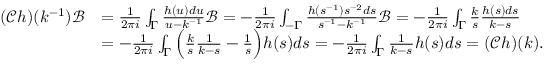
\begin{array} { r l } { ( \mathcal { C } h ) ( k ^ { - 1 } ) \mathcal { B } } & { = \frac { 1 } { 2 \pi i } \int _ { \Gamma } \frac { h ( u ) d u } { u - k ^ { - 1 } } \mathcal { B } = - \frac { 1 } { 2 \pi i } \int _ { - \Gamma } \frac { h ( s ^ { - 1 } ) s ^ { - 2 } d s } { s ^ { - 1 } - k ^ { - 1 } } \mathcal { B } = - \frac { 1 } { 2 \pi i } \int _ { \Gamma } \frac { k } { s } \frac { h ( s ) d s } { k - s } } \\ & { = - \frac { 1 } { 2 \pi i } \int _ { \Gamma } \Big ( \frac { k } { s } \frac { 1 } { k - s } - \frac { 1 } { s } \Big ) h ( s ) d s = - \frac { 1 } { 2 \pi i } \int _ { \Gamma } \frac { 1 } { k - s } h ( s ) d s = ( \mathcal { C } h ) ( k ) . } \end{array}